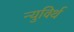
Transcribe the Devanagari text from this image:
न्युविर्थ